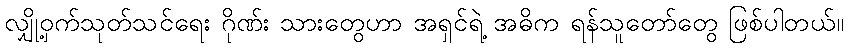
လျှို့ဝှက်သုတ်သင်ရေး ဂိုဏ်း သားတွေဟာ အရှင်ရဲ့ အဓိက ရန်သူတော်တွေ ဖြစ်ပါတယ်။